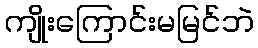
ကျိုးကြောင်းမမြင်ဘဲ